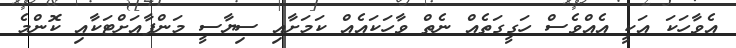
އެވާހަކަ އަކީ އެއްވެސް ހަގީގަތެއް ނެތް ވާހަކައެއް ކަމަށާއި ސިޔާސީ މަންފާއަށްޓަކާއި ކޮންމެ